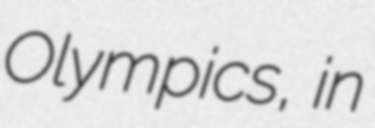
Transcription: Olympics, in